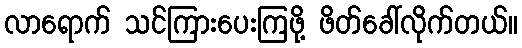
လာရောက် သင်ကြားပေးကြဖို့ ဖိတ်ခေါ်လိုက်တယ်။